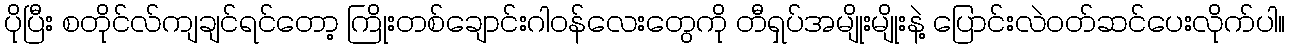
ပိုပြီး စတိုင်လ်ကျချင်ရင်တော့ ကြိုးတစ်ချောင်းဂါဝန်လေးတွေကို တီရှပ်အမျိုးမျိုးနဲ့ ပြောင်းလဲဝတ်ဆင်ပေးလိုက်ပါ။